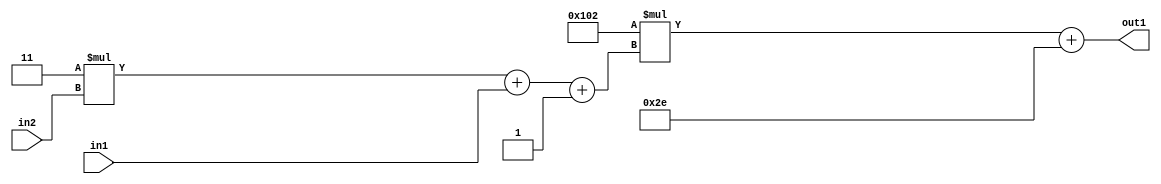
`timescale 1ps / 1ps
/*****************************************************************************
    Verilog RTL Description
    
    
    Created by: Stratus DpOpt 2019.1.01 
*******************************************************************************/

module DC_Filter_Add2i46Mul2i258Add3i1u1Mul2i3u2_4 (
	in2,
	in1,
	out1
	); /* architecture "behavioural" */ 
input [1:0] in2;
input  in1;
output [11:0] out1;
wire [11:0] asc001;
wire [3:0] asc002;

wire [3:0] asc002_tmp_0;
wire [3:0] asc002_tmp_1;
assign asc002_tmp_1 = 
	+(4'B0011 * in2);
assign asc002_tmp_0 = asc002_tmp_1
	+(in1);
assign asc002 = asc002_tmp_0
	+(4'B0001);

wire [11:0] asc001_tmp_2;
assign asc001_tmp_2 = 
	+(12'B000100000010 * asc002);
assign asc001 = asc001_tmp_2
	+(12'B000000101110);

assign out1 = asc001;
endmodule

/* CADENCE  vrP1SQo= : u9/ySgnWtBlWxVPRXgAZ4Og= ** DO NOT EDIT THIS LINE ******/